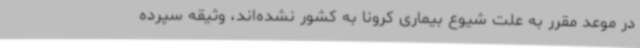
در موعد مقرر به علت شیوع بیماری کرونا به کشور نشده‌اند، وثیقه سپرده